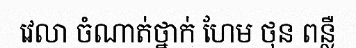
វេលា ចំណាត់ថ្នាក់ ហែម ថុន ពន្លឺ